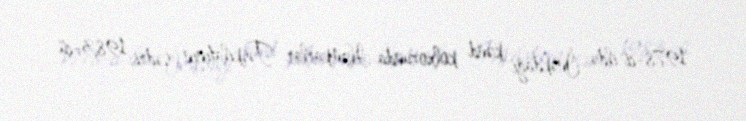
1978-ci ildə İnəkdağı kənd kolxozunda Həmkarlar Təşkilatının sədri, 1983-cü